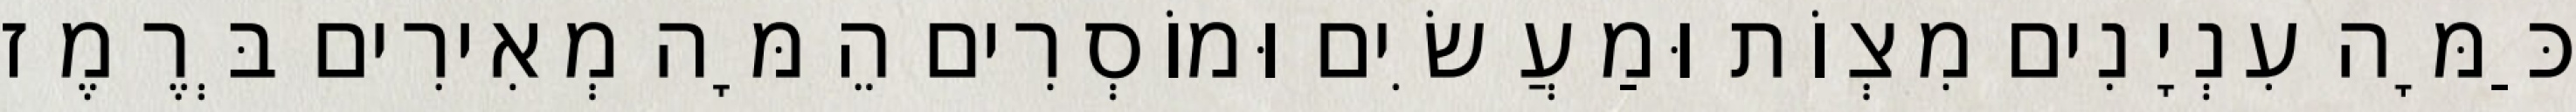
כַּמָּה עִנְיָנִים מִצְוֹת וּמַעֲשִׂים וּמוֹסְרִים הֵמָּה מְאִירִים בְּרֶמֶז